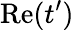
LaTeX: \mathrm{Re}(t^{\prime})